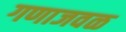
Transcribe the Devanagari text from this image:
गणाजवळ